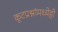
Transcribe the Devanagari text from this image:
कूटप्रश्नांमध्येही